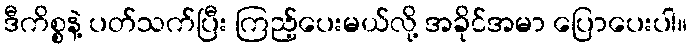
ဒီကိစ္စနဲ့ ပတ်သက်ပြီး ကြည့်ပေးမယ်လို့ အခိုင်အမာ ပြောပေးပါ။